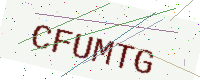
Text: CFUMTG